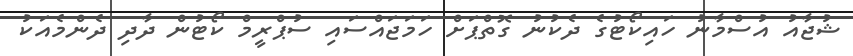
ޝުޖާއު އުސްމާނު ހައިކޯޓުގެ ދެކުނު ގޮތްޕަށް ހަމަޖައްސައި ސުޕްރީމް ކޯޓުން ދާދި ދެންމެއަކު